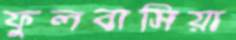
ফুলবাসিয়া